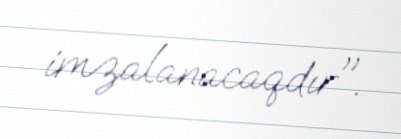
imzalanacaqdır".